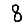
Digit: 8